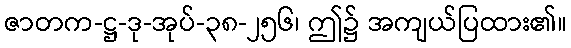
ဇာတက-ဋ္ဌ-ဒု-အုပ်-၃၈-၂၅၆၊ ဤ၌ အကျယ်ပြထား၏။